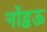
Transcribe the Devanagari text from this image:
नोंद्वऊ